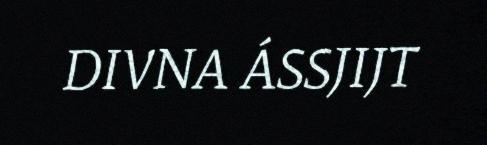
DIVNA ÁSSJIJT